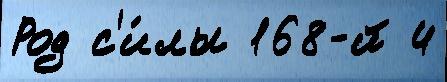
Род с'и́лы 168-й 4